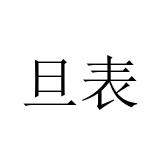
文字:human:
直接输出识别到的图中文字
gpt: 旦表